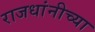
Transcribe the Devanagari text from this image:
राजधांनीच्या